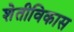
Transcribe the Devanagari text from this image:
शेतीविकास